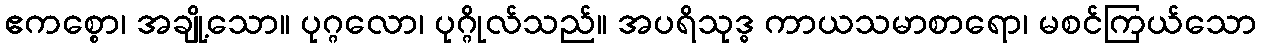
ဧကစ္စော၊ အချို့သော။ ပုဂ္ဂလော၊ ပုဂ္ဂိုလ်သည်။ အပရိသုဒ္ဓ ကာယသမာစာရော၊ မစင်ကြယ်သော